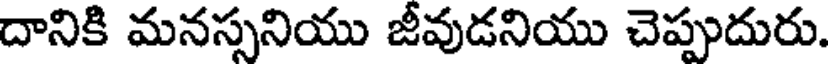
దానికి మనస్సనియు జీవుడనియు చెప్పుదురు.